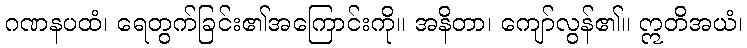
ဂဏနပထံ၊ ရေတွက်ခြင်း၏အကြောင်းကို။ အနိတာ၊ ကျော်လွန်၏။ ဣတိအယံ၊